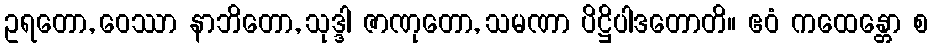
ဥရတော, ဝေဿာ နာဘိတော, သုဒ္ဒါ ဇာဏုတော, သမဏာ ပိဋ္ဌိပါဒတောတိ။ ဧဝံ ကထေန္တော စ